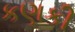
કણકી